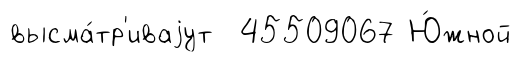
высма́тр'иваjут 45509067 Ю́жной